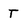
Character: t